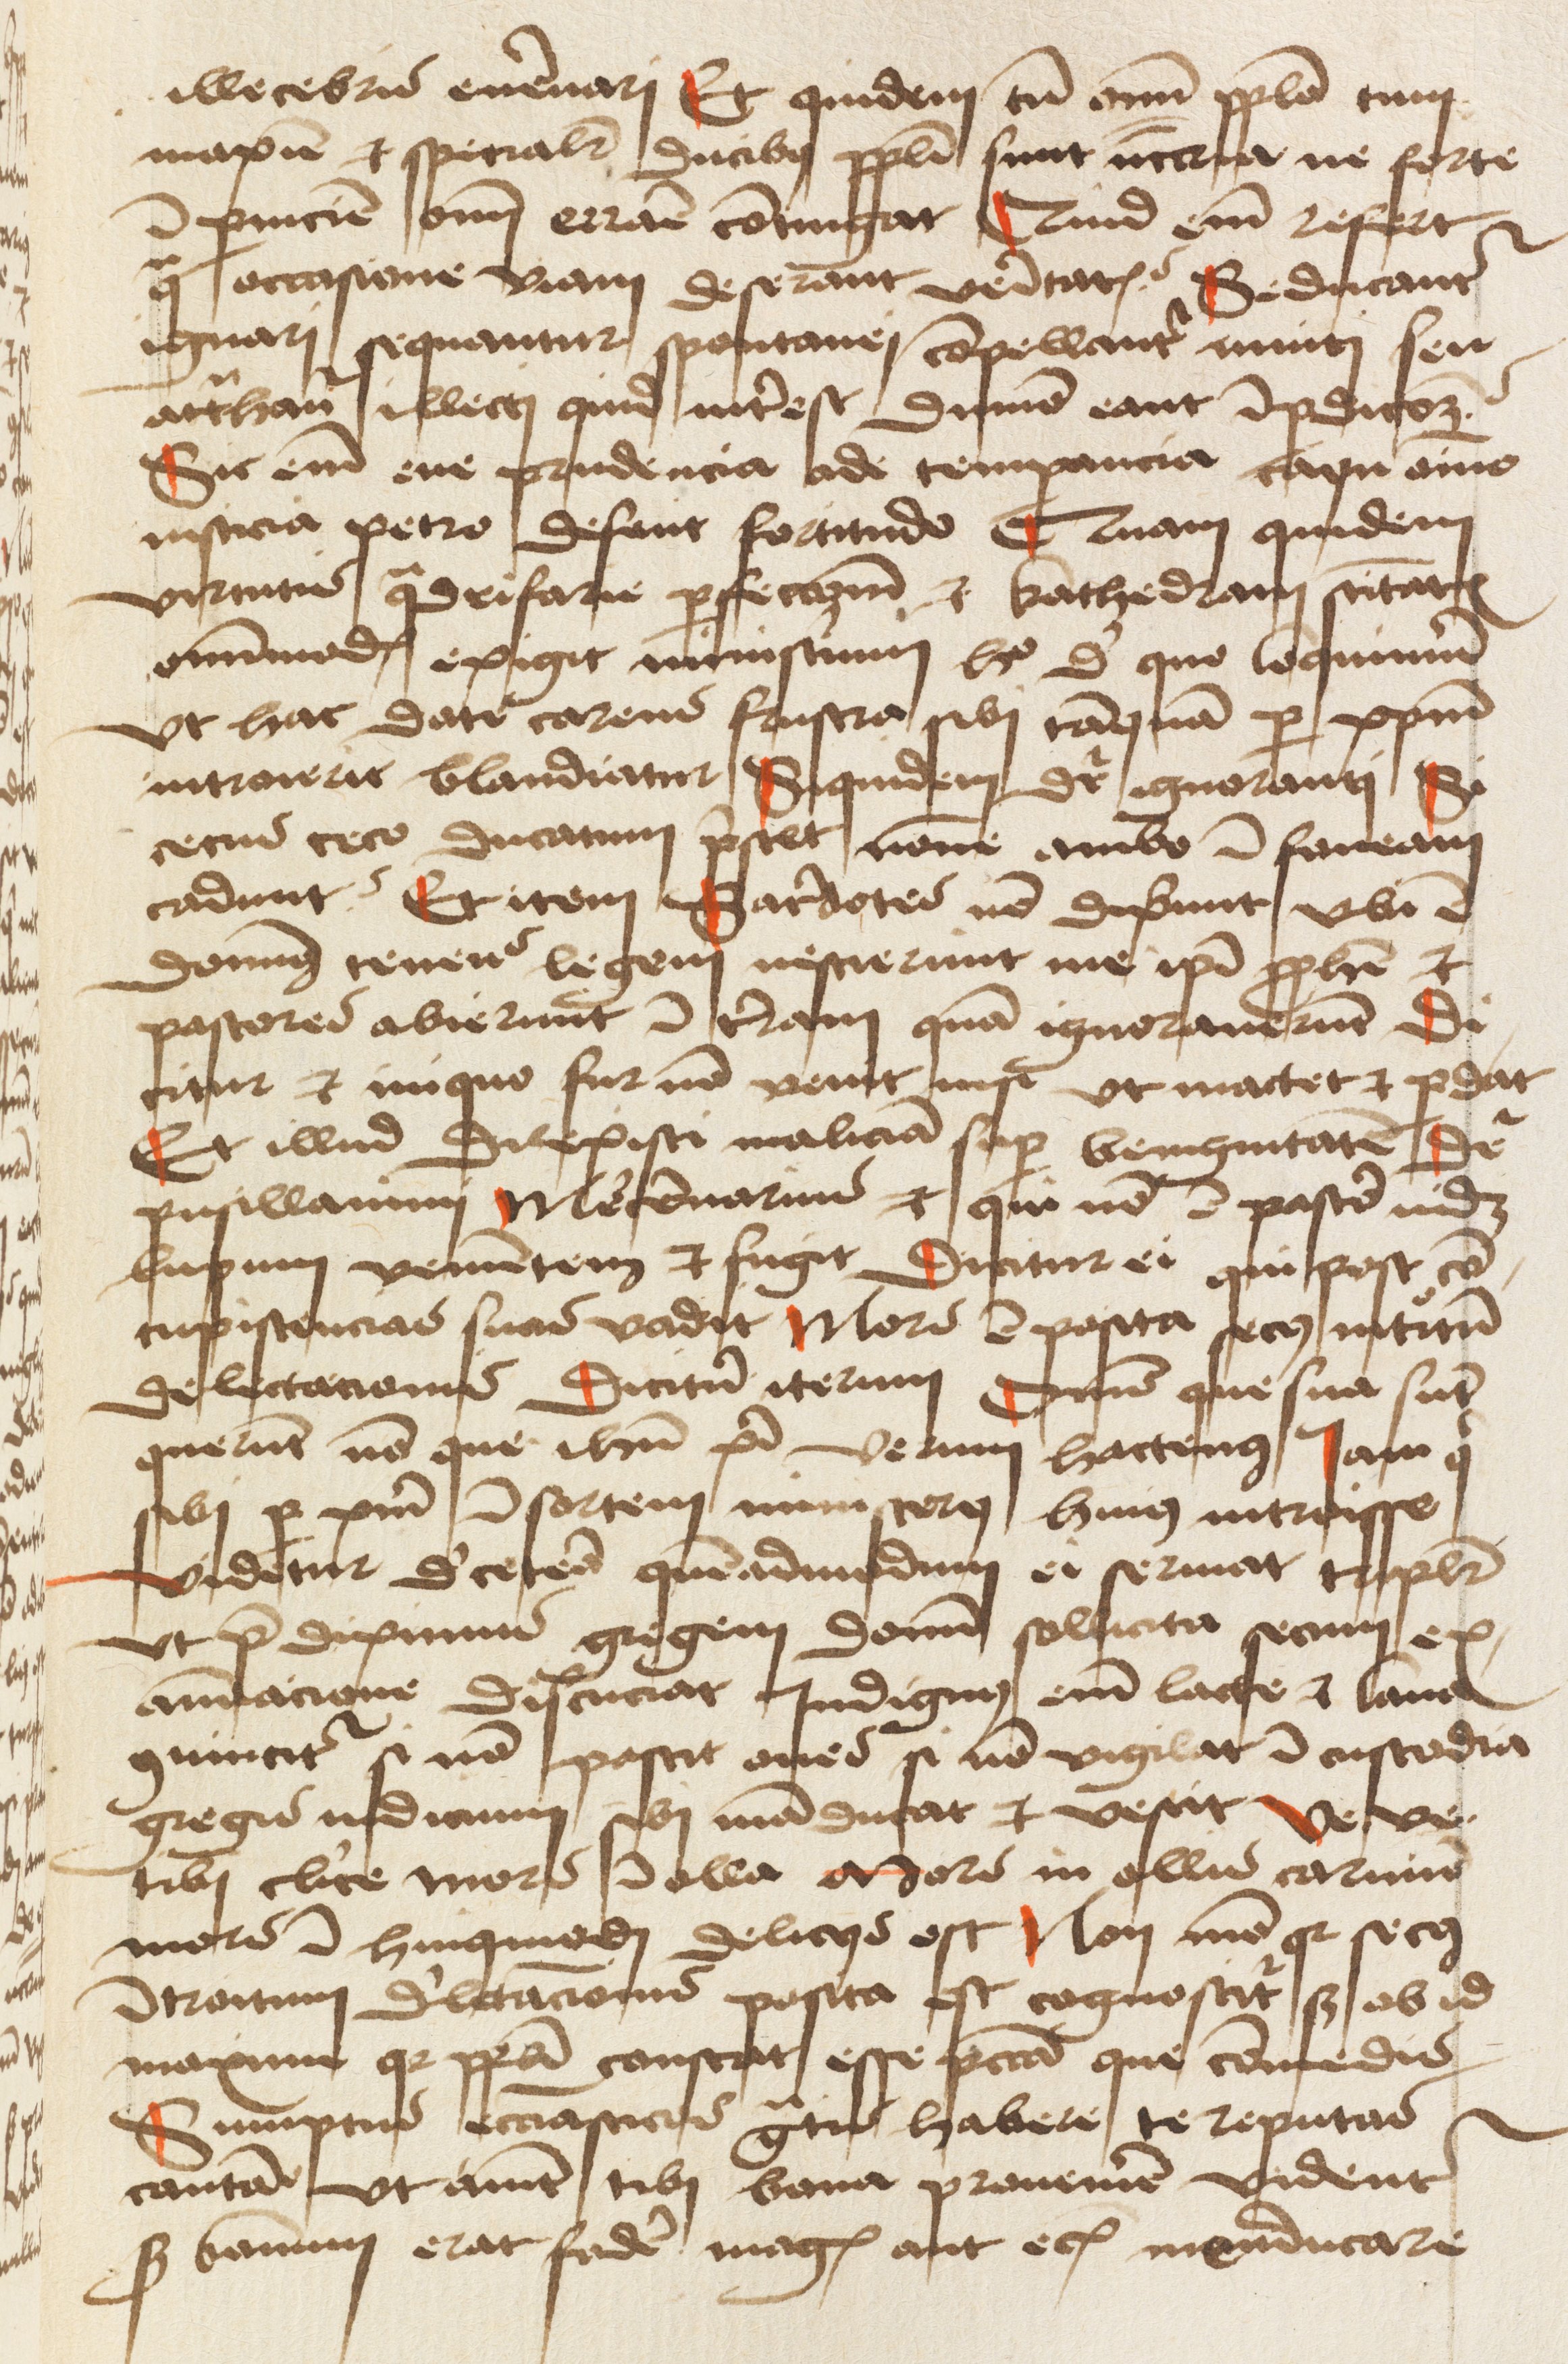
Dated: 1475–1499